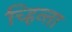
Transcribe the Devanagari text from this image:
च्हिन्ता